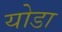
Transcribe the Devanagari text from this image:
योडा